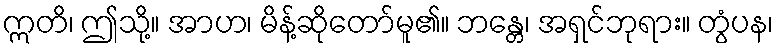
ဣတိ၊ ဤသို့။ အာဟ၊ မိန့်ဆိုတော်မူ၏။ ဘန္တေ၊ အရှင်ဘုရား။ တွံပန၊